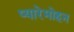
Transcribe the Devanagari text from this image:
प्यारेमोहन